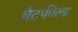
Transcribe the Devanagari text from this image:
चैटफील्ड